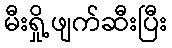
မီးရှို့ဖျက်ဆီးပြီး